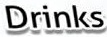
Drinks